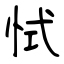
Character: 恜